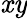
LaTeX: \mathit{xy}